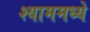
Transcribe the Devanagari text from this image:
श्याममध्ये